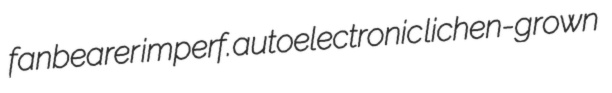
fanbearer imperf. autoelectronic lichen-grown